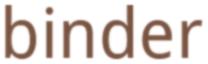
binder